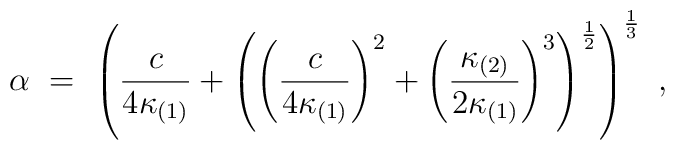
\alpha\ =\ \left(\frac{c}{4\kappa_{(1)}}+\left(\left(\frac{c}{4\kappa_{(1)}}\right)^2+\left(\frac{\kappa_{(2)}}{2\kappa_{(1)}}\right)^3\right)^{\frac{1}{2}}\right)^{\frac{1}{3}}\ ,